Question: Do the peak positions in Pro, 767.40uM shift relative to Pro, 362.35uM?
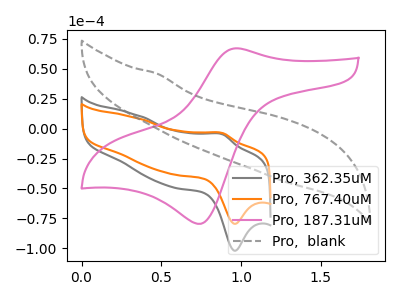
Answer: <think>The gray curve "Pro, 362.35uM" has an anodic peak at (0.90V, -4.90uA) and a cathodic peak at (0.95V, -102.15uA). The orange curve "Pro, 767.40uM" has an anodic peak at (0.90V, -3.85uA) and a cathodic peak at (0.95V, -79.65uA). The pink curve "Pro, 187.31uM" has an anodic peak at (0.95V, 67.15uA) and a cathodic peak at (0.75V, -79.60uA). The gray dashed curve "Pro,  blank" has no peaks.
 All the peaks in "Pro, 767.40uM" have a peak in "Pro, 362.35uM" at the same potential.</think>
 <answer>No, "Pro, 767.40uM" and "Pro, 362.35uM" don't appear to be significantly different in shape</answer>
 <eval>no_change</eval>